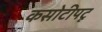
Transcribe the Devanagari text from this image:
कसोटीपटू